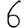
Digit: 6